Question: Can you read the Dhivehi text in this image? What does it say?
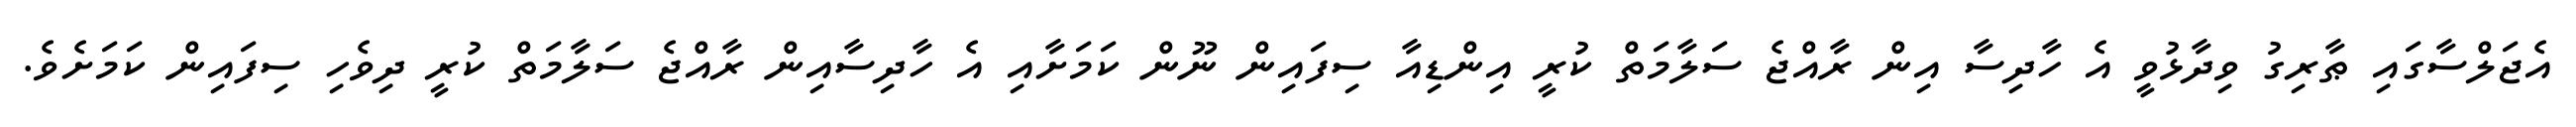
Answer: އެޖަލްސާގައި ޠާރިގު ވިދާޅުވީ އެ ހާދިސާ އިން ރާއްޖެ ސަލާމަތް ކުރީ އިންޑިއާ ސިފައިން ނޫން ކަމަށާއި އެ ހާދިސާއިން ރާއްޖެ ސަލާމަތް ކުރީ ދިވެހި ސިފައިން ކަމަށެވެ.